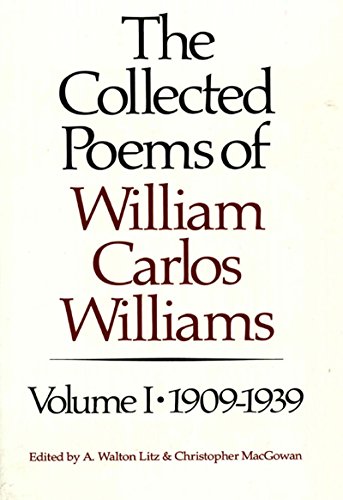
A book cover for The Collected Poems of William Carlos Williams, Vol. 1: 1909-1939; William Carlos Williams; Literature & Fiction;